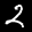
Label: 2